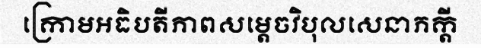
ក្រោមអធិបតីភាពសម្តេចវិបុលសេនាភក្តី